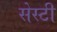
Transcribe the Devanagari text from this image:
सेस्टी